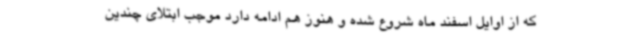
که از اوایل اسفند ماه شروع شده و هنوز هم ادامه دارد موجب ابتلای چندین